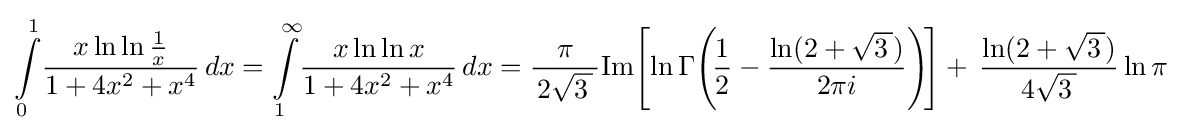
\int \limits _{0}^{1}\!{\frac {x\ln \ln {\frac {1}{x}}}{1+4x^{2}+x^{4}}}\,dx=\int \limits _{1}^{\infty }\!{\frac {x\ln \ln {x}}{1+4x^{2}+x^{4}}}\,dx={\frac {\,\pi \,}{\,2{\sqrt {3\,}}\,}}\mathrm {Im} \!\left[\ln \Gamma \!\left(\!{\frac {1}{2}}-{\frac {\ln(2+{\sqrt {3\,}})}{2\pi i}}\right)\!\right]+\,{\frac {\ln(2+{\sqrt {3\,}})}{\,4{\sqrt {3\,}}\,}}\ln \pi